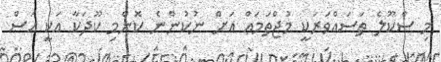
މި ސްކޫލެ ތަސައްވަރަކީ މުޖްތަމަޢް އަށް ނުކުންނެ ކޮންމި ކޫދަކާ އަކީ އަސް